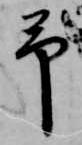
予